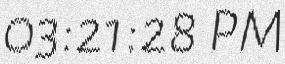
03:21:28 PM